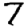
Digit: 7